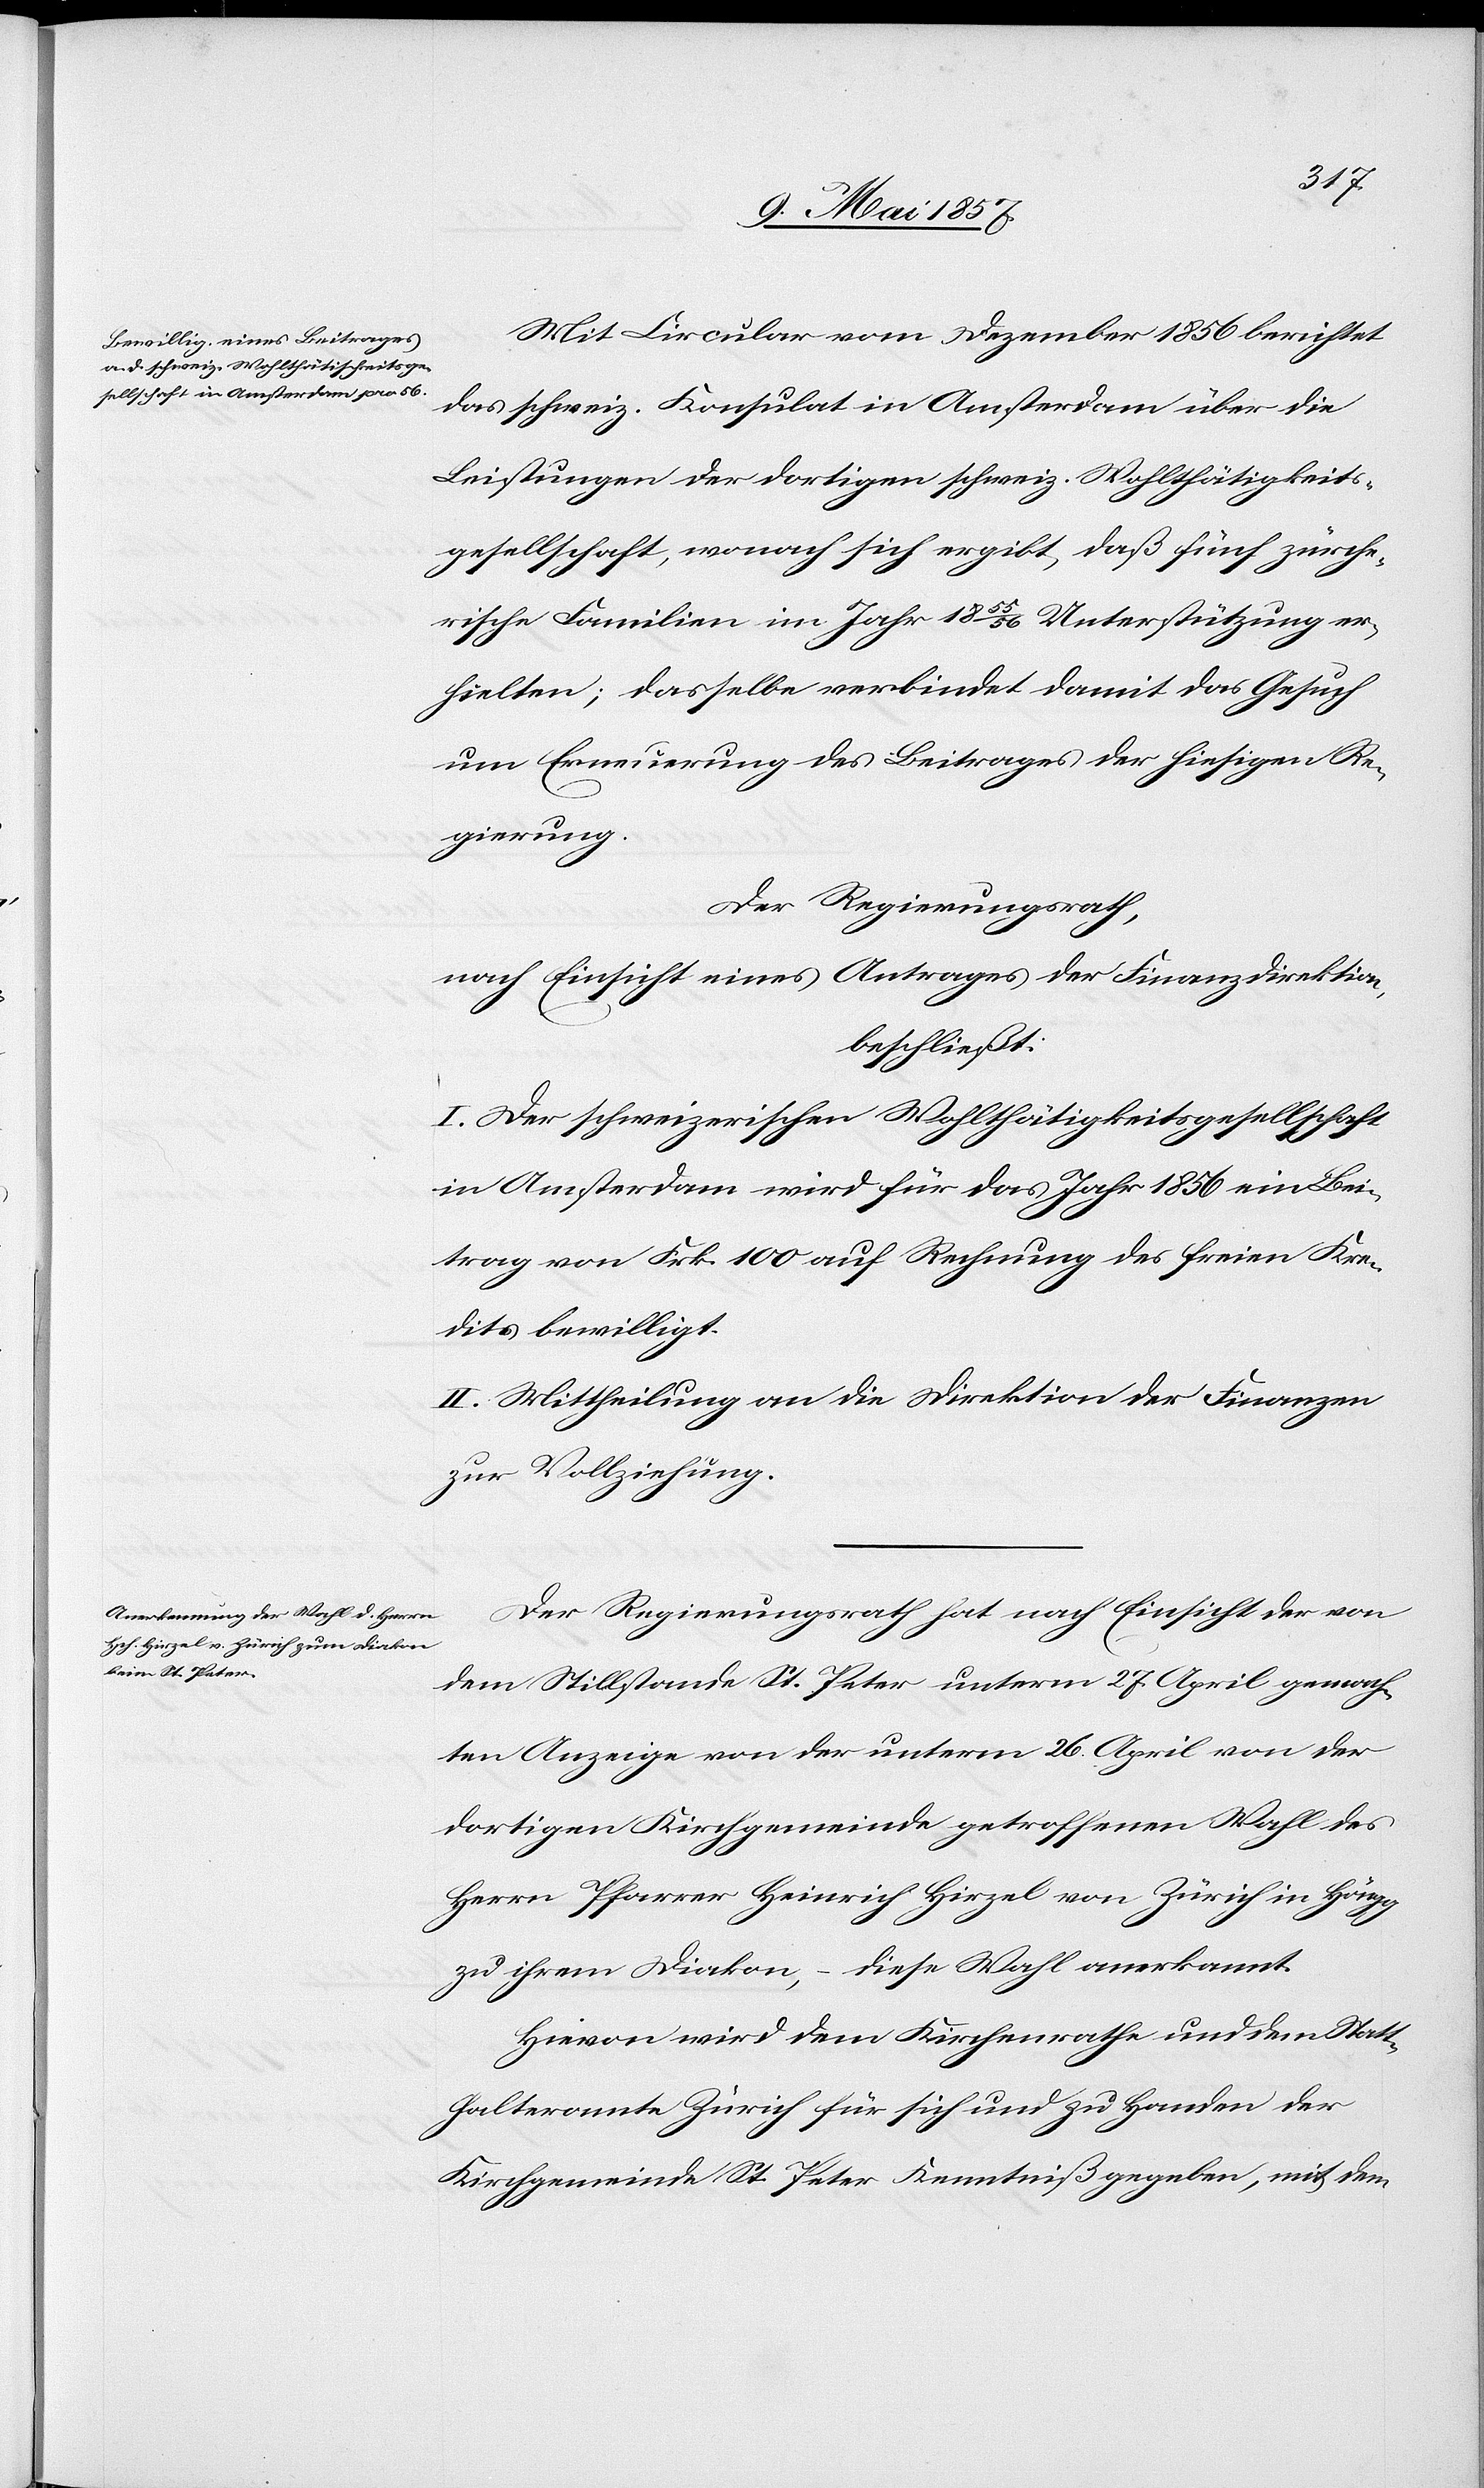
Mit Circular vom Dezember 1856 berichtet
das schweiz. Konsultat in Amsterdam über die
Leistungen der dortigen schweiz. Wohlthätigkeits¬
gesellschaft, wonach sich ergibt, daß fünf zürche¬
rische Familien im Jahr 1855/56 Unterstützung er¬
hielten; dasselbe verbindet damit das Gesuch
um Erneuerung des Beitrages der hiesigen Re¬
gierung.
Der Regierungsrath,
nach Einsicht eines Antrages der Finanzdirektion,
beschließt:
I. Der schweizerischen Wohlthätigkeitsgesellschaft
in Amsterdam wird für das Jahr 1856 ein Bei¬
trag von Frk. 100 auf Rechnung des freien Kre¬
dits bewilligt.
II. Mittheilung an die Direktion der Finanzen
zur Vollziehung.
Der Regierungsrath hat nach Einsicht des von
dem Stillstande St. Peter unterm 27 April gemach¬
ten Anzeige von der unterm 26 April von der
dortigen Kirchgemeinde getroffenen Wahl des
Herrn Pfarrer Heinrich Hirzel von Zürich in Höngg
zu ihrem Diakon, – diese Wahl anerkannt.
Hievon wird dem Kirchenrathe und dem Statt¬
halteramte Zürich für sich und zu Handen der
Kirchgemeinde St Peter Kenntniß gegeben, mit dem